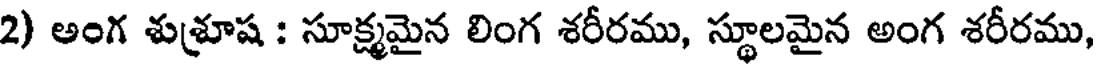
2) అంగ శుశ్రూష : సూక్ష్మమైన లింగ శరీరము, స్థూలమైన అంగ శరీరము,